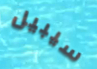
سيبيل